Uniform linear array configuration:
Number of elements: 48
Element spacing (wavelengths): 1
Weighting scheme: hamming
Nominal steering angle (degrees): -45
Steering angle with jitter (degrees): -45.587
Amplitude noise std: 0.05
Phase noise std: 0.05

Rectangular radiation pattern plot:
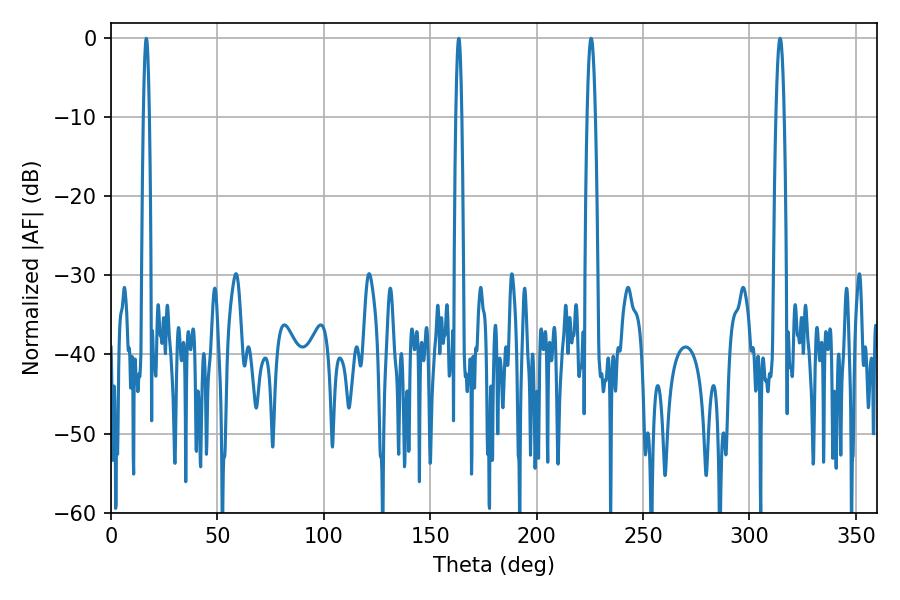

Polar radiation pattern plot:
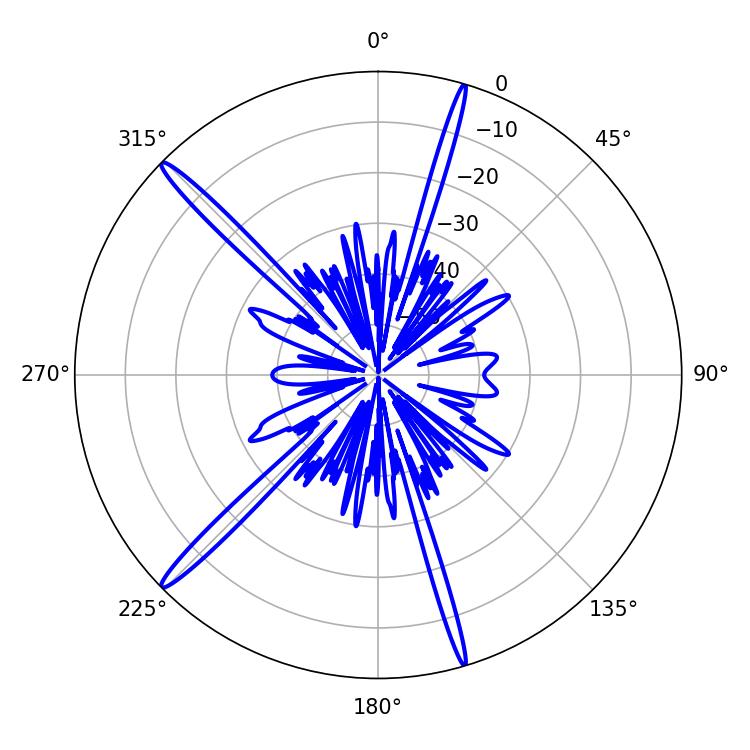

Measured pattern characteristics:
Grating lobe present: TRUE
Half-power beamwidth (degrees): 1.44
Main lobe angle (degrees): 16.56